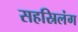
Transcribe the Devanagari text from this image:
सहस्रिलंग